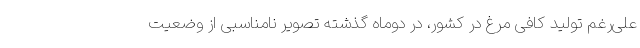
علی‌رغم تولید کافی مرغ در کشور، در دوماه گذشته تصویر نامناسبی از وضعیت